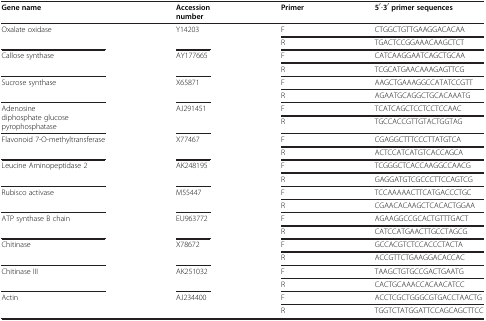
| Gene name | Accession number | Primer | 5′-3′primer sequences |
 | --- | --- | --- | --- |
 | <ROWSPAN=2> Oxalate oxidase | <ROWSPAN=2> Y14203 | F | CTGGCTGTTGAAGGACACAA |
 | R | TGACTCCGGAAACAAGCTCT |
 | <ROWSPAN=2> Callose synthase | <ROWSPAN=2> AY177665 | F | CATCAAGGAATCAGCTGCAA |
 | R | TCGCATGAACAAAGAGTTCG |
 | <ROWSPAN=2> Sucrose synthase | <ROWSPAN=2> X65871 | F | AAGCTGAAAGGCCATATCCGTT |
 | R | AGAATGCAGGCTGCACAAATG |
 | <ROWSPAN=2> Adenosine diphosphate glucose pyrophosphatase | <ROWSPAN=2> AJ291451 | F | TCATCAGCTCCTCCTCCAAC |
 | R | TGCCACCGTTGTACTGGTAG |
 | <ROWSPAN=2> Flavonoid 7-O-methyltransferase | <ROWSPAN=2> X77467 | F | CGAGGCTTTCCCTTATGTCA |
 | R | ACTCCATCATGTCACCAGCA |
 | <ROWSPAN=2> Leucine Aminopeptidase 2 | <ROWSPAN=2> AK248195 | F | TCGGGCTCACCAAGGCCAACG |
 | R | GAGGATGTCGCCCTTCCAGTCG |
 | <ROWSPAN=2> Rubisco activase | <ROWSPAN=2> M55447 | F | TCCAAAAACTTCATGACCCTGC |
 | R | CGAACACAAGCTCACACTGGAA |
 | <ROWSPAN=2> ATP synthase B chain | <ROWSPAN=2> EU963772 | F | AGAAGGCCGCACTGTTTGACT |
 | R | CATCCATGAACTTGCCTAGCG |
 | <ROWSPAN=2> Chitinase | <ROWSPAN=2> X78672 | F | GCCACGTCTCCACCCTACTA |
 | R | ACCGTTCTGAAGGACACCAC |
 | <ROWSPAN=2> Chitinase III | <ROWSPAN=2> AK251032 | F | TAAGCTGTGCCGACTGAATG |
 | R | CACTGCAAACCACAACATCC |
 | <ROWSPAN=2> Actin | <ROWSPAN=2> AJ234400 | F | ACCTCGCTGGGCGTGACCTAACTG |
 | R | TGGTCTATGGATTCCAGCAGCTTCC |